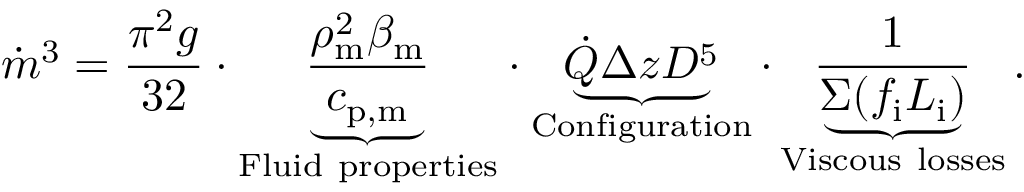
\dot { m } ^ { 3 } = \frac { \pi ^ { 2 } g } { 3 2 } \cdot { \underbrace { \frac { \rho _ { \mathrm { m } } ^ { 2 } \beta _ { \mathrm { m } } } { c _ { \mathrm { p , m } } } } _ { \mathrm { F l u i d ~ p r o p e r t i e s } } } \cdot \underbrace { \dot { Q } \Delta z D ^ { 5 } } _ { \mathrm { C o n f i g u r a t i o n } } \cdot \underbrace { \frac { 1 } { \Sigma ( f _ { \mathrm { i } } L _ { \mathrm { i } } ) } } _ { \mathrm { V i s c o u s ~ l o s s e s } } .